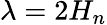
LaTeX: \lambda=2H_{n}